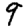
Digit: 9